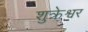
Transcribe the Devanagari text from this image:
शुक्रेश्वर